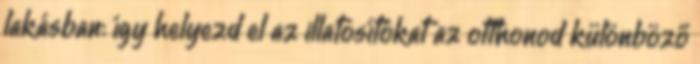
lakásban: így helyezd el az illatosítókat az otthonod különböző